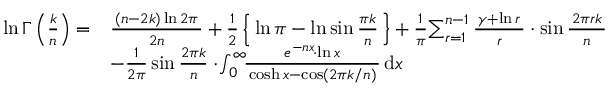
{ \begin{array} { r l } { \ln \Gamma \left( { \frac { k } { n } } \right) = } & { { \frac { \, ( n - 2 k ) \ln 2 \pi \, } { 2 n } } + { \frac { 1 } { 2 } } \left\{ \, \ln \pi - \ln \sin { \frac { \pi k } { n } } \, \right\} + { \frac { 1 } { \pi } } \! \sum _ { r = 1 } ^ { n - 1 } { \frac { \, \gamma + \ln r \, } { r } } \cdot \sin { \frac { \, 2 \pi r k \, } { n } } } \\ & { - { \frac { 1 } { 2 \pi } } \sin { \frac { 2 \pi k } { n } } \cdot \! \int _ { 0 } ^ { \infty } \! \! { \frac { \, e ^ { - n x } \! \cdot \ln x \, } { \, \cosh x - \cos ( 2 \pi k / n ) \, } } \, { \mathrm { d } } x } \end{array} }